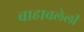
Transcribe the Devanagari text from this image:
वाहावलेली